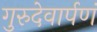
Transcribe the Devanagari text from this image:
गुरुदेवार्पणं